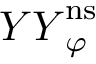
{ Y Y } _ { \varphi } ^ { \mathrm { n s } }